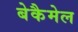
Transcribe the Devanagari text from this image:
बेकैमेल